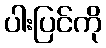
ပါးပြင်ကို